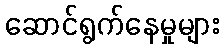
ဆောင်ရွက်နေမှုများ